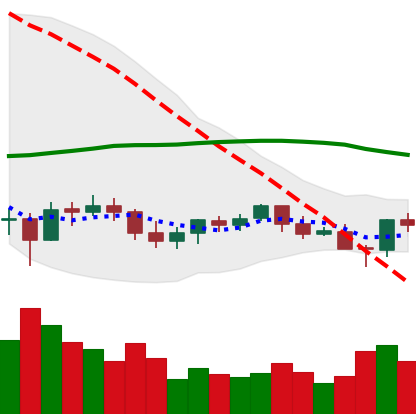
Ticker: BTC-USD
Chart end date: 2021-06-10
Forward return: 10.091%
Label: up_7plus